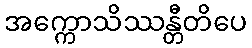
အက္ကောသိဿန္တီတိပေ